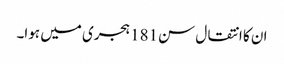
ان کا انتقال سن181 ہجری میں ہوا۔